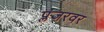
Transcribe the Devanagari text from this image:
प्लंजरवर